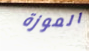
الموزة